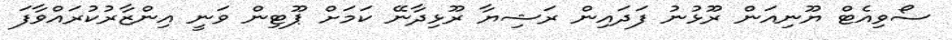
ސޯވިއެޓް ޔޫނިއަން ރޫޅުނު ފަދައިން ރަޝިޔާ ރޫޅިދާނޭ ކަމަށް ޕޫޓިން ވަނީ އިންޒާރުކުރައްވާފަ